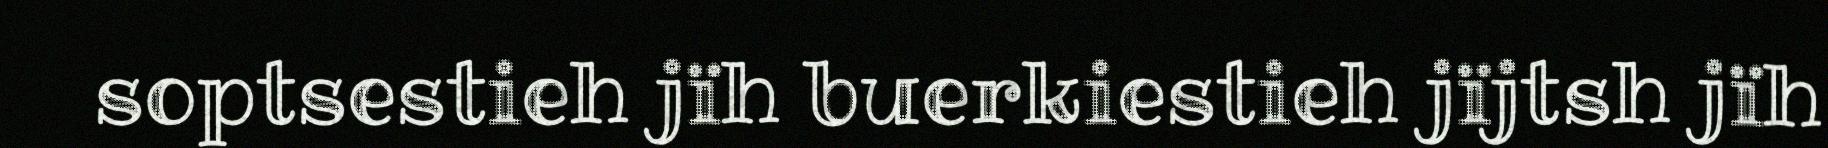
soptsestieh jïh buerkiestieh jïjtsh jïh